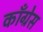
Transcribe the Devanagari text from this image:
काॅंग्रेस